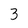
Character: 3